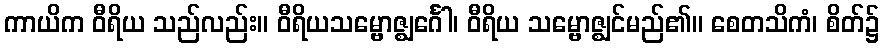
ကာယိက ဝီရိယ သည်လည်း။ ဝီရိယသမ္ဗောဇ္ဈင်္ဂေါ၊ ဝီရိယ သမ္ဗောဇ္ဈင်မည်၏။ စေတသိကံ၊ စိတ်၌